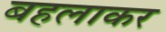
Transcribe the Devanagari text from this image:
बहलाकर